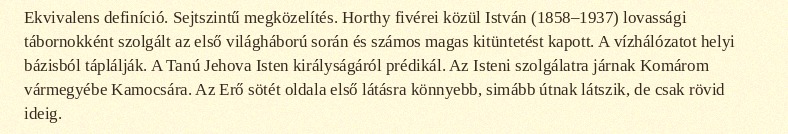
Ekvivalens definíció. Sejtszintű megközelítés. Horthy fivérei közül István (1858–1937) lovassági tábornokként szolgált az első világháború során és számos magas kitüntetést kapott. A vízhálózatot helyi bázisból táplálják. A Tanú Jehova Isten királyságáról prédikál. Az Isteni szolgálatra járnak Komárom vármegyébe Kamocsára. Az Erő sötét oldala első látásra könnyebb, simább útnak látszik, de csak rövid ideig.